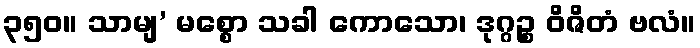
၃၅၀။ သာမျ’ မစ္စော သခါ ကောသော၊ ဒုဂ္ဂဉ္စ ဝိဇိတံ ဗလံ။